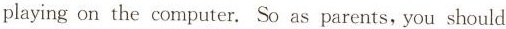
playing on the computer. So as parents,you should